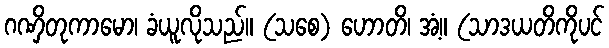
ဂဏှိတုကာမော၊ ခံယူလိုသည်။ (သစေ) ဟောတိ၊ အံ့။ (သာဒယတိကိုပင်